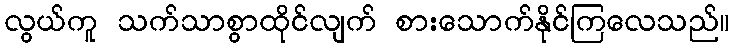
လွယ်ကူ သက်သာစွာထိုင်လျက် စားသောက်နိုင်ကြလေသည်။